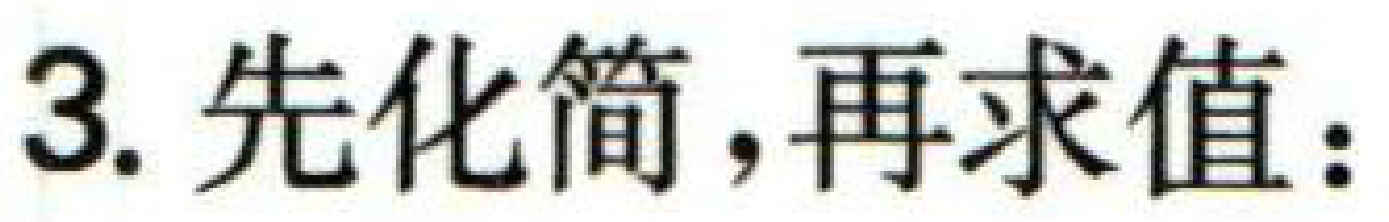
3. 先化简，再求值：